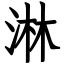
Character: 淋